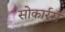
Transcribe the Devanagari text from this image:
सोकार्रस